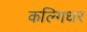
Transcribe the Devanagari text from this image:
कल्गिधर